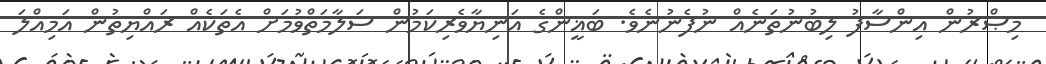
މިޞްރުން އިންސާފު ލިބުނުތަނެއް ނުފެނުނެވެ. ބަޣީންގެ އަނިޔާވެރިކަމުން ސަލާމަތްވުމަށް އެތަކެއް ރައްޔިތުން އަމިއްލަ